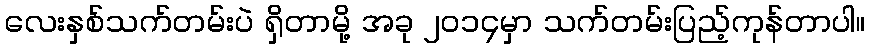
လေးနှစ်သက်တမ်းပဲ ရှိတာမို့ အခု ၂၀၁၄မှာ သက်တမ်းပြည့်ကုန်တာပါ။